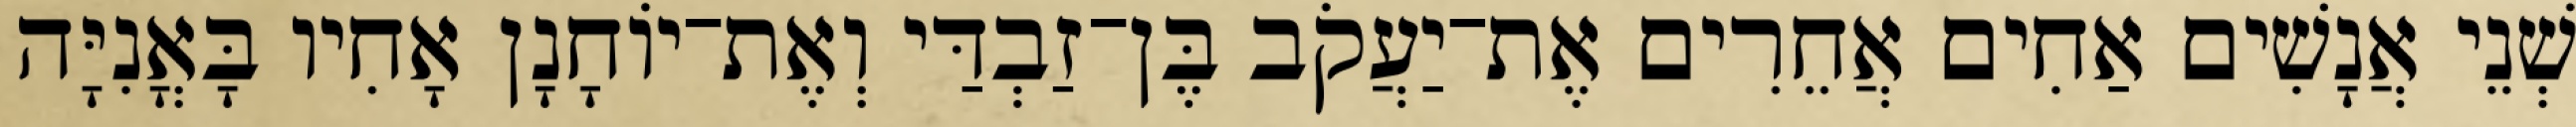
שְׁנֵי אֲנָשִׁים אַחִים אֲחֵרִים אֶת־יַעֲקֹב בֶּן־זַבְדַּי וְאֶת־יוֹחָנָן אָחִיו בָּאֳנִיָּה